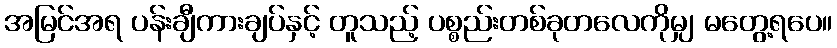
အမြင်အရ ပန်းချီကားချပ်နှင့် တူသည့် ပစ္စည်းတစ်ခုတလေကိုမျှ မတွေ့ရပေ။